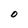
Character: O